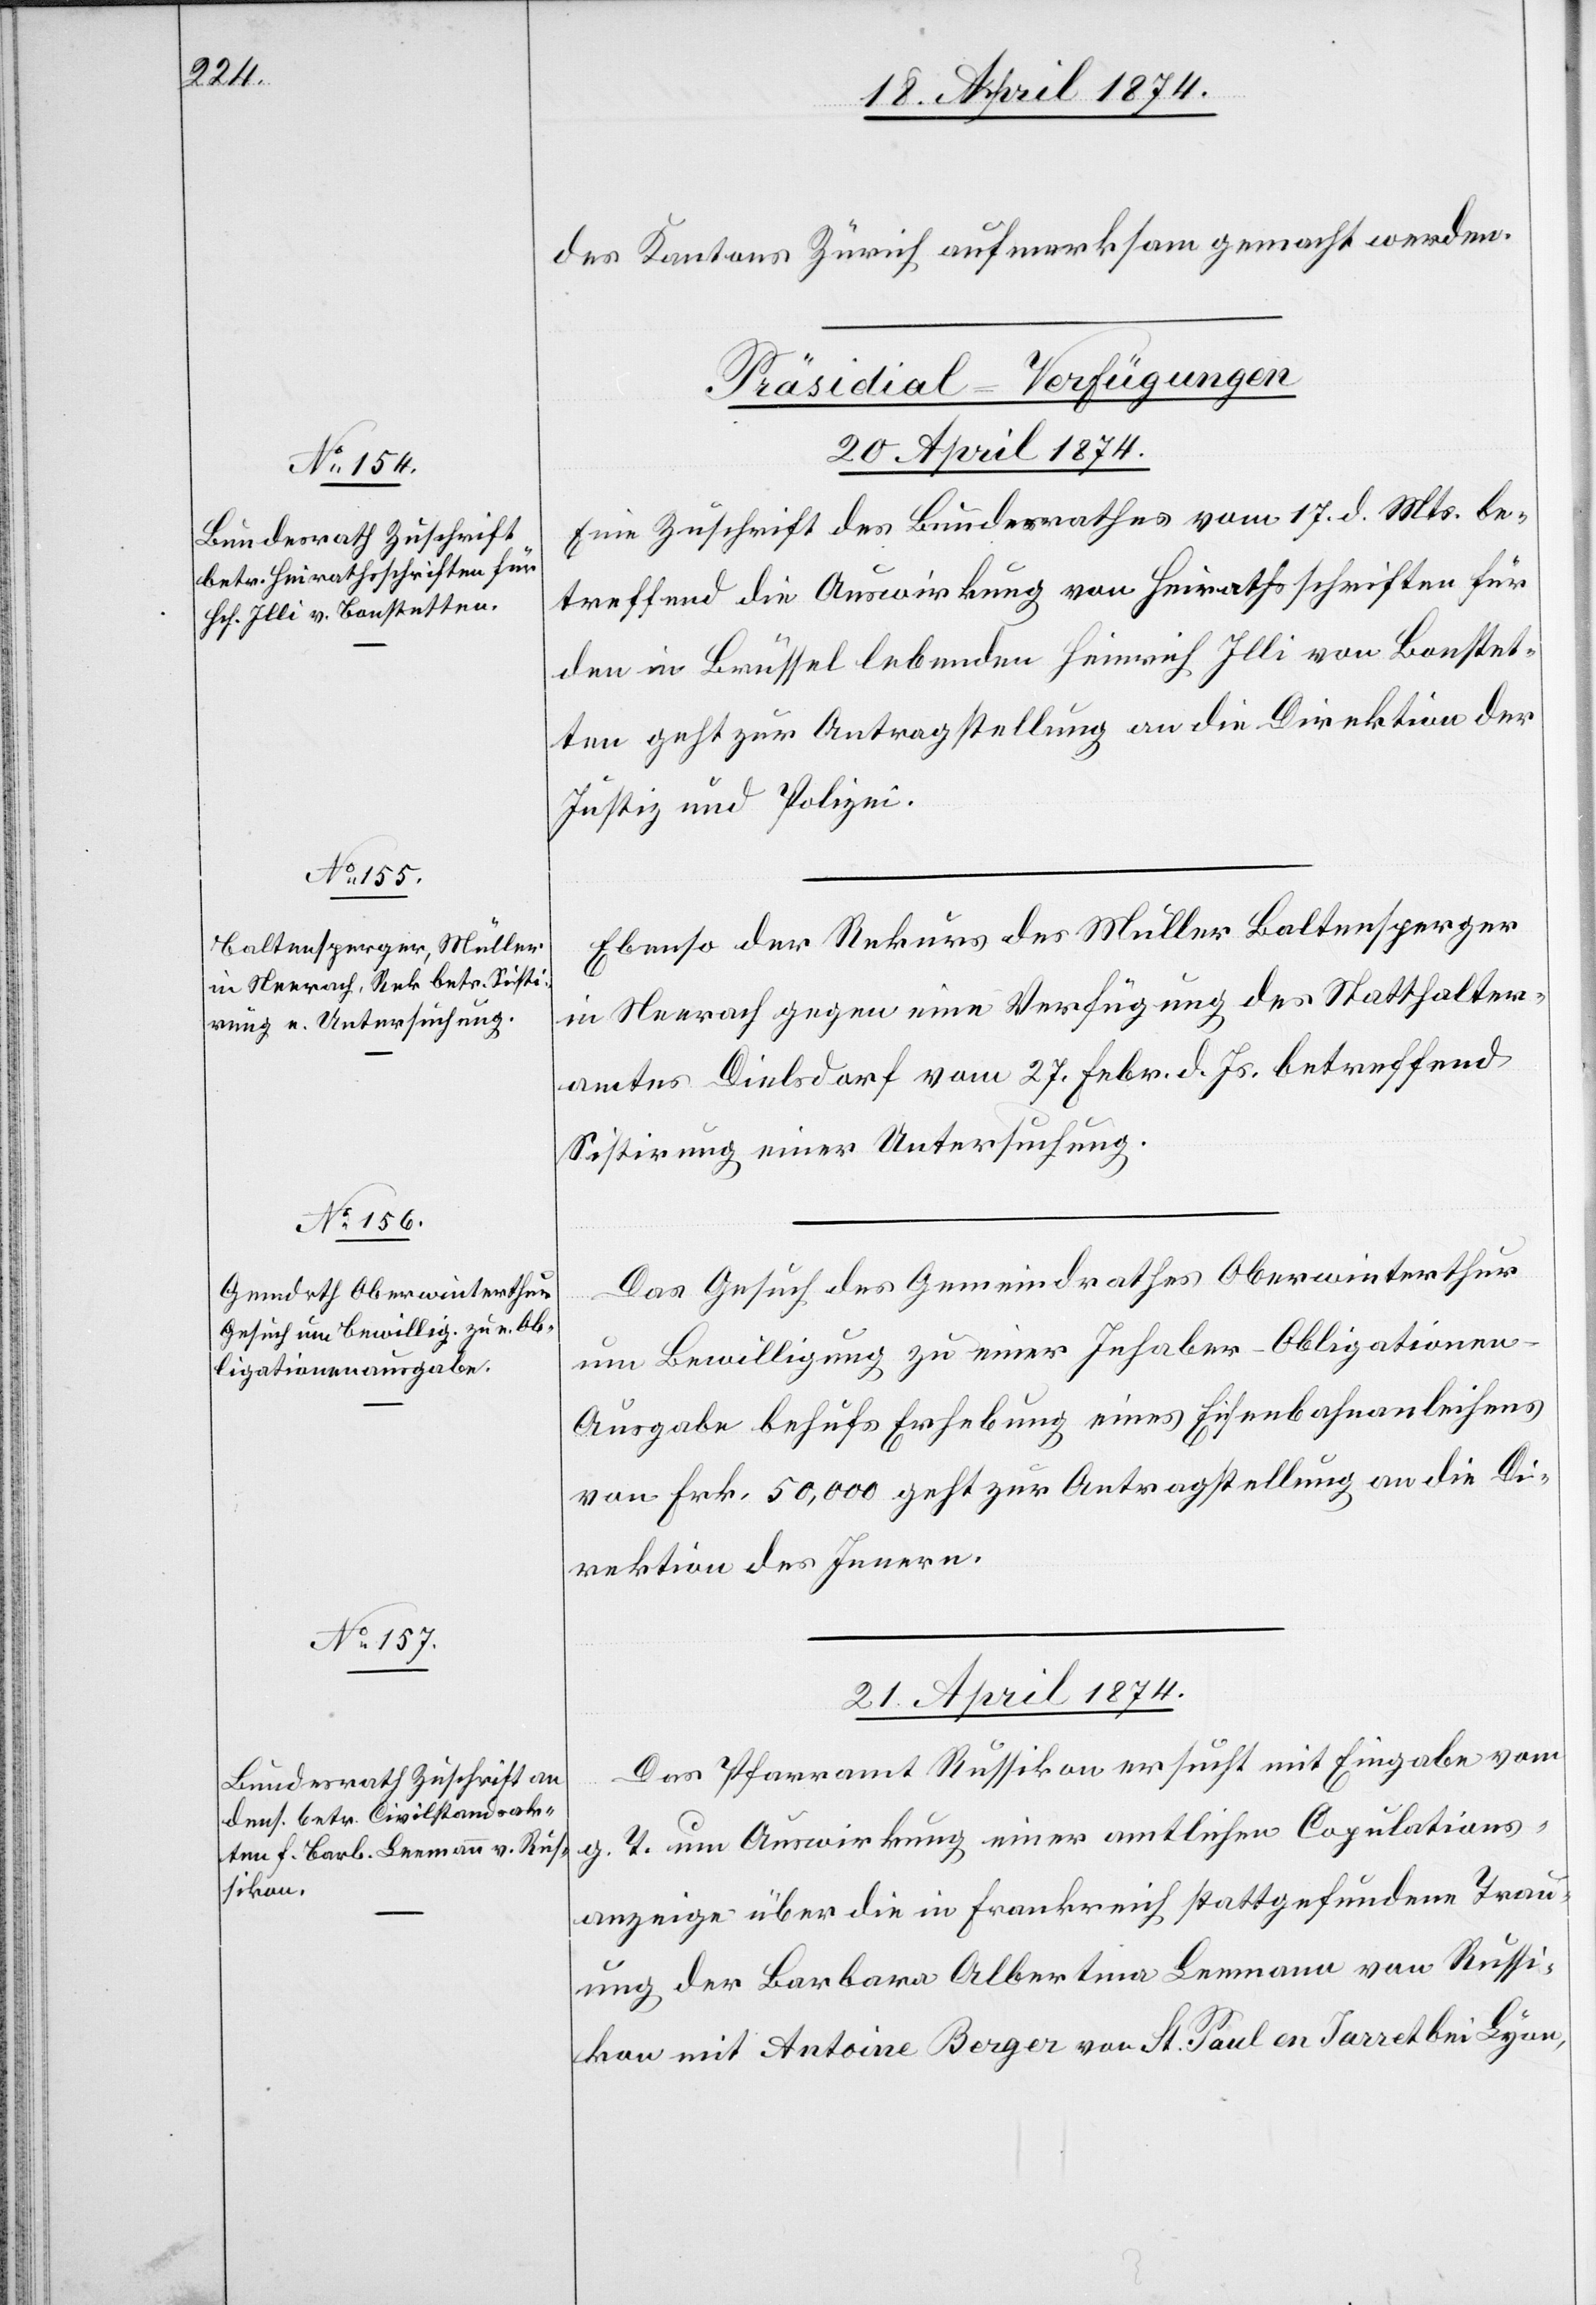
des Kantons Zürich aufmerksam gemacht werden.
[Präsidial-Verfügungen]
20. April 1874.]
Eine Zuschrift des Bundesrathes vom 17. d. Mts. be¬
treffend die Auswirkung von Heirathsschriften für
den in Brüssel lebenden Heinrich Illi von Bonstet¬
ten geht zur Antragstellung an die Direktion der
Justiz und Polizei.
Ebenso der Rekurs des Müller Baltensperger
in Neerach gegen eine Verfügung des Statthalter¬
amtes Dielsdorf vom 27. Febr. d. Js. betreffend
Sistirung einer Untersuchung.
Das Gesuch des Gemeindrathes Oberwinterthur
um Bewilligung zu einer Inhaber-Obligatione¬
n-Ausgabe behufs Erhebung eines Eisenbahnanleihens
von Frk. 50,000 geht zur Antragstellung an die Di¬
rektion des Innern.
21. April 1874.
Das Pfarramt Russikon ersucht mit Eingabe vom
g. T. um Auswirkung einer amtlichen Copulations¬
anzeige über die in Frankreich stattgefundene Trau¬
ung der Barbara Albertina Leemann von Russi¬
kon mit Antoine Berger von St. Paul en Jarret bei Lyon,